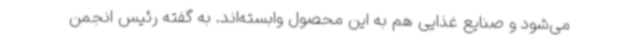
می‌شود و صنایع غذایی هم به این محصول وابسته‌اند. به گفته رئیس انجمن